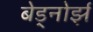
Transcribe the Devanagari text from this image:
बेड्नोर्झ